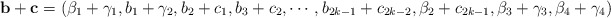
\begin{align*}\mathbf{b}+\mathbf{c}=(\beta_1+\gamma_1,b_1+\gamma_2,b_2+c_1,b_3+c_2,\cdots,b_{2k-1}+c_{2k-2},\beta_2+c_{2k-1}, \beta_3+\gamma_3,\beta_4+\gamma_4)\end{align*}